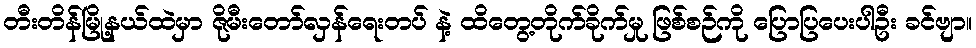
တီးတိန်မြို့နယ်ထဲမှာ ဇိုမီးတော်လှန်ရေးတပ် နဲ့ ထိတွေ့တိုက်ခိုက်မှု ဖြစ်စဉ်ကို ပြောပြပေးပါဦး ခင်ဗျာ။